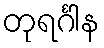
တုရင်္ဂါန